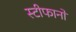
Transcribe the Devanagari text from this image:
स्टीफानो